Children and Young Persons (Scotland) Act, 1937. Employment of children, 1937
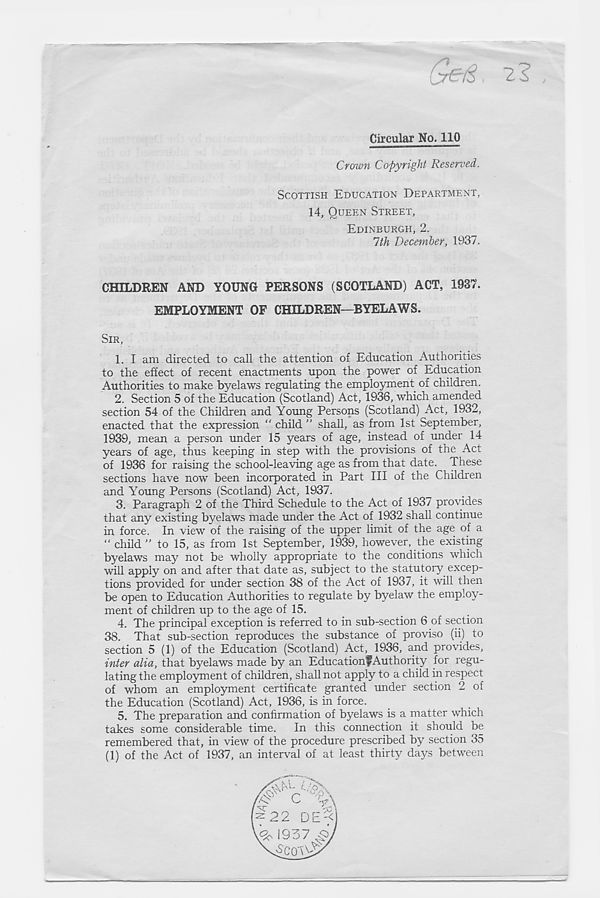
Circular No. 110
Crown Copyright Reserved.
SCOTTISH EDUCATION DEPARTMENT,
14, QUEEN STREET,
EDINBURGH, 2.
7th December, 1937.
CHILDREN AND YOUNG PERSONS (SCOTLAND) ACT, 1937.
EMPLOYMENT OF CHILDREN—BYELAWS.
SIR,
1. I am directed to call the attention of Education Authorities
to the effect of recent enactments upon the power of Education
Authorities to make byelaws regulating the employment of children.
2. Section 5 of the Education (Scotland) Act, 1936, which amended
section 54 of the Children and Young Persons (Scotland) Act, 1932,
enacted that the expression “ child ” shall, as from 1st September,
1939, mean a person under 15 years of age, instead of under 14
years of age, thus keeping in step with the provisions of the Act
of 1936 for raising the school-leaving age as from that date. These
sections have now been incorporated in Part III of the Children
and Young Persons (Scotland) Act, 1937.
3. Paragraph 2 of the Third Schedule to the Act of 1937 provides
that any existing byelaws made under the Act of 1932 shall continue
in force. In view of the raising of the upper limit of the age of a
“ child ” to 15, as from 1st September, 1939, however, the existing
byelaws may not be wholly appropriate to the conditions which
will apply on and after that date as, subject to the statutory excep-
tions provided for under section 38 of the Act of 1937, it will then
be open to Education Authorities to regulate by byelaw the employ-
ment of children up to the age of 15.
4. The principal exception is referred to in sub-section 6 of section
38. That sub-section reproduces the substance of proviso (ii) to
section 5 (1) of the Education (Scotland) Act, 1936, and provides,
inter alia, that byelaws made by an Educationf Authority for regu-
lating the employment of children, shall not apply to a child in respect
of whom an employment certificate granted under section 2 of
the Education (Scotland) Act, 1936, is in force.
5. The preparation and confirmation of byelaws is a matter which
takes some considerable time. In this connection it should be
remembered that, in view of the procedure prescribed by section 35
(1) of the Act of 1937, an interval of at least thirty days between